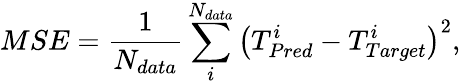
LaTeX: MSE=\frac{1}{N_{data}}\sum_{i}^{N_{data}}\left(T_{Pred}^{i}-T_{Target}^{i}\right)^{2},